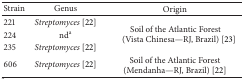
| Strain | Genus | Origin |
 | --- | --- | --- |
 | 221 | Streptomyces [22] | <ROWSPAN=3> Soil of the Atlantic Forest(Vista Chinesa—RJ, Brazil) [23] |
 | 224 | nda |
 | 235 | Streptomyces [22] |
 | 606 | Streptomyces [22] | Soil of the Atlantic Forest (Mendanha—RJ, Brazil) [22] |